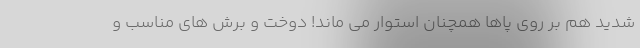
شدید هم بر روی پاها همچنان استوار می ماند! دوخت و برش های مناسب و